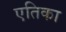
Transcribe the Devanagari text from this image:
एतिका